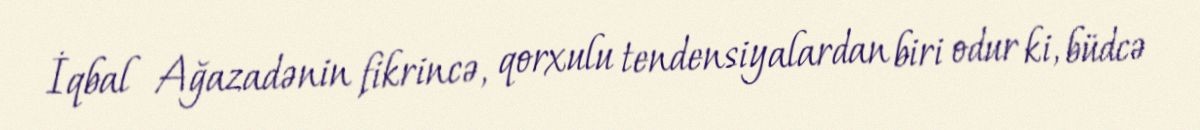
İqbal Ağazadənin fikrincə, qorxulu tendensiyalardan biri odur ki, büdcə